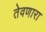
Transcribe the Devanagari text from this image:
तेवणारा